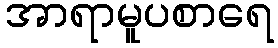
အာရာမူပစာရေ